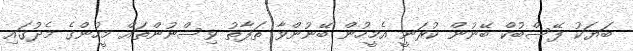
ބަޔަކު ފޭސްބުކް ބޭނުން ކުރަނީ އެމީހުން ބޭނުންވާ ތަފާތު ވިސްނުންތައް މީހުންގެ މެދުގައި